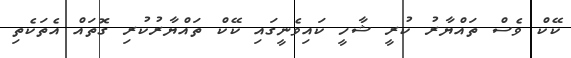
ކޭކް ވެސް ތައްޔާރު ކުރީ ޝާހީ ކައިވެނީގައި ކޭކް ތައްޔާރުކުރި ގޮތައް އެތަކެތި